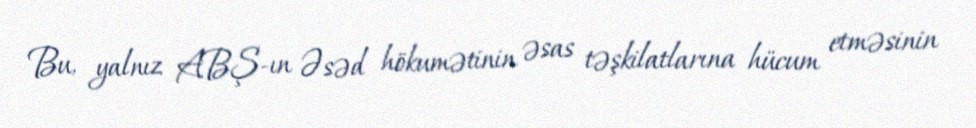
Bu, yalnız ABŞ-ın Əsəd hökumətinin əsas təşkilatlarına hücum etməsinin